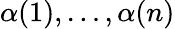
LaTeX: \alpha(1),\dots,\alpha(n)